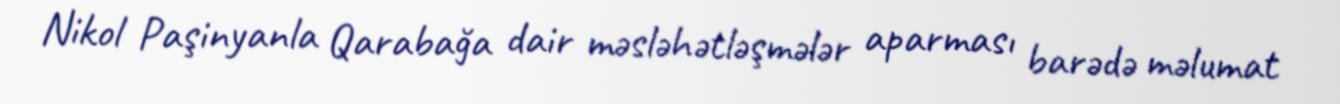
Nikol Paşinyanla Qarabağa dair məsləhətləşmələr aparması barədə məlumat